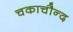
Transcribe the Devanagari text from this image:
चकाचौन्द